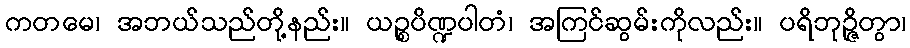
ကတမေ၊ အဘယ်သည်တို့နည်း။ ယဉ္စပိဏ္ဍပါတံ၊ အကြင်ဆွမ်းကိုလည်း။ ပရိဘုဉ္ဇိတွာ၊